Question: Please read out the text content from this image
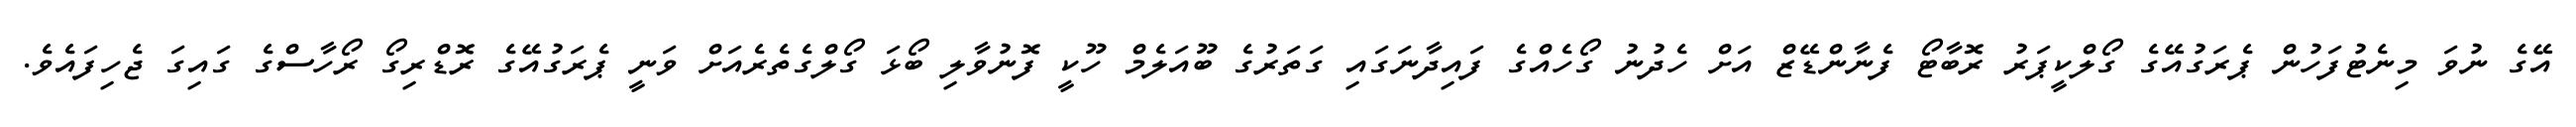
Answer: އޭގެ ނުވަ މިނެޓުފަހުން ޕެރަގުއޭގެ ގޯލްކީޕަރު ރޮބާޓޯ ފެނާންޑޭޒް އަށް ހެދުނު ގޯހެއްގެ ފައިދާނަގައި ގަތަރުގެ ބޫއަލެމް ހޫކީ ފޮނުވާލި ބޯޅަ ގޯލްގެތެރެއަށް ވަނީ ޕެރަގުއޭގެ ރޮޑްރިގޯ ރޯހާސްގެ ގައިގަ ޖެހިފައެވެ.